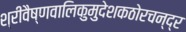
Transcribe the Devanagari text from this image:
श्रीवैष्णवालिकुमुदेशकठोरचन्द्र